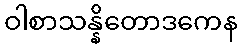
ဝါစာသန္နိတောဒကေန